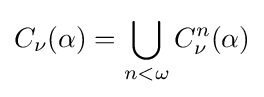
C_{\nu }(\alpha )=\bigcup \limits _{n<\omega }C_{\nu }^{n}(\alpha )